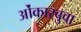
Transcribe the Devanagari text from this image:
ओंकारबुवा